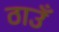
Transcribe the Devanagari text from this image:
ठाउँ